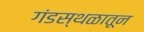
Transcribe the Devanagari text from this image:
गंडस्थळातून